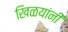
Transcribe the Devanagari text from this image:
खिळयांनी